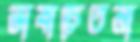
ভাষাচেতনা